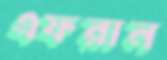
এফরান